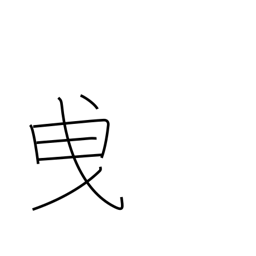
Meaning: tow